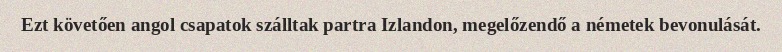
Ezt követően angol csapatok szálltak partra Izlandon, megelőzendő a németek bevonulását.